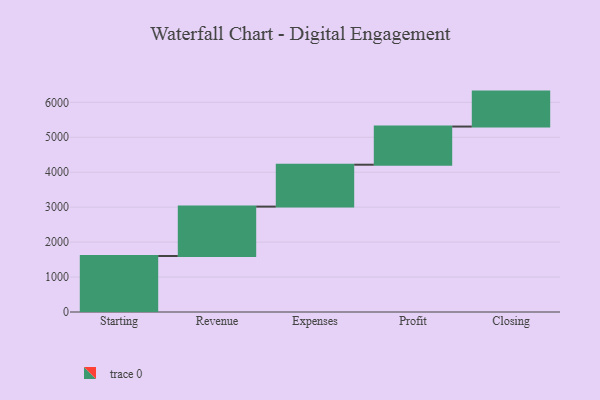
{"axis": {"x": "Step", "y": "Value"}, "legend": [""], "data": [{"x": "Starting", "y": 1602.0, "type": ""}, {"x": "Revenue", "y": 1414.0, "type": ""}, {"x": "Expenses", "y": 1199.0, "type": ""}, {"x": "Profit", "y": 1092.0, "type": ""}, {"x": "Closing", "y": 1000, "type": ""}]}